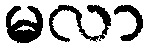
မလာ